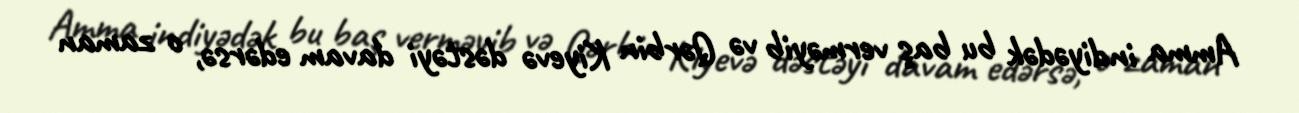
Amma indiyədək bu baş verməyib və Qərbin Kiyevə dəstəyi davam edərsə, o zaman